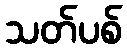
သတ်ပစ်